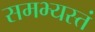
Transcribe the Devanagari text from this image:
समभ्यस्तं